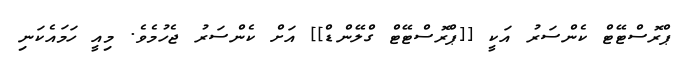
ޕްރޮސްޓޭޓް ކެންސަރު އަކީ [[ޕްރޮސްޓޭޓް ގްލޭންޑް]] އަށް ކެންސަރު ޖެހުމެވެ. މިއީ ހަމައެކަނި